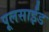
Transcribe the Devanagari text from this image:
पूलसाईंड